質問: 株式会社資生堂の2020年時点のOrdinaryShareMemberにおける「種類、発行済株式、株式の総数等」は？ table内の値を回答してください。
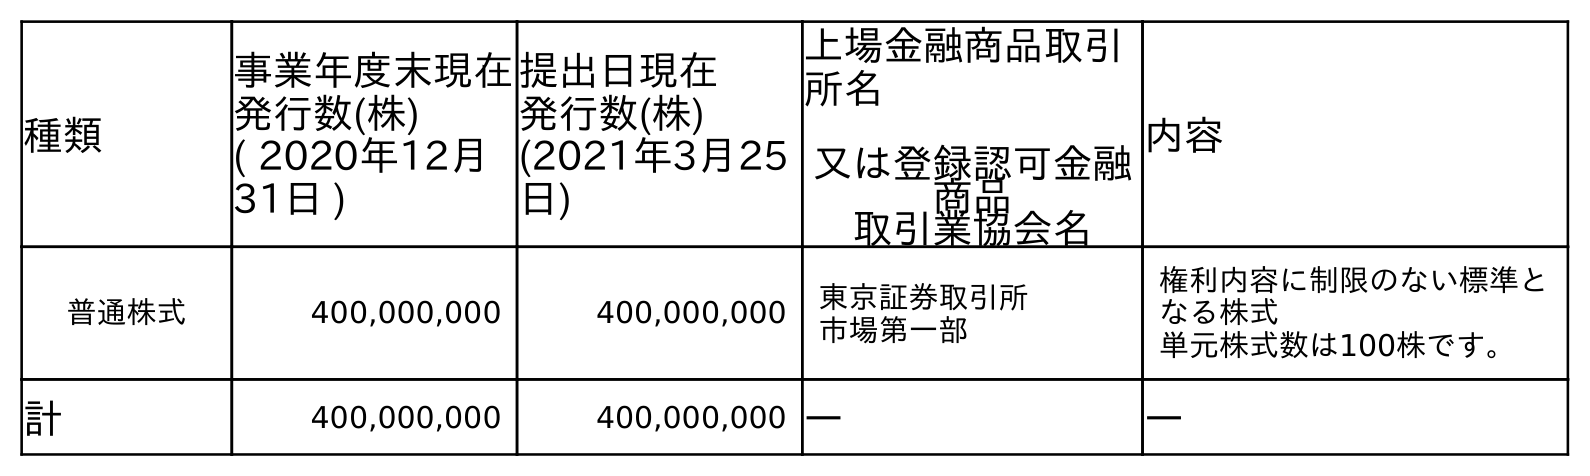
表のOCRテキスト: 種類 事業年度末現在 発行数(株) ( 2020年12月 31日 ) 提出日現在 発行数(株) (2021年3月25 日) 上場金融商品取引 所名 又は登録認可金融 商品 取引業協会名 内容 普通株式 400,000,000 400,000,000 東京証券取引所 市場第一部 権利内容に制限のない標準と なる株式 単元株式数は100株です。 計 400,000,000 400,000,000 ― ―
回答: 普通株式